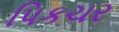
પિકચર